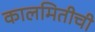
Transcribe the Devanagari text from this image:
कालमितीची